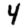
Digit: 4